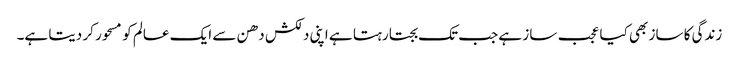
زندگی کا ساز بھی کیا عجب ساز ہے جب تک بجتا رہتا ہے اپنی دلکش دھن سے ایک عالم کو مسحور کر دیتا ہے۔